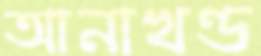
আনাখণ্ড